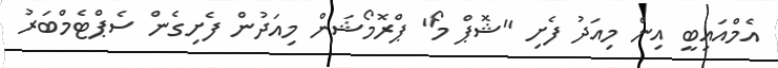
އެމްއައިބީ އިން މިއަދު ފެށި "ޝޮޕް މޯ" ޕްރޮމޯޝަން މިއަދުން ފެށިގެން ސެޕްޓެމްބަރު